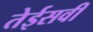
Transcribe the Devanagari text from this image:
तेईसवी